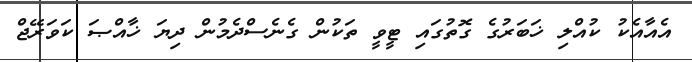
އެއާއެކު ކުއްލި ޚަބަރުގެ ގޮތުގައި ޓީވީ ތަކުން ގެނެސްދެމުން ދިޔަ ޚާއްޞަ ކަވަރޭޖް